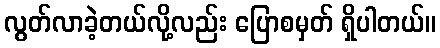
လွတ်လာခဲ့တယ်လို့လည်း ပြောစမှတ် ရှိပါတယ်။